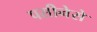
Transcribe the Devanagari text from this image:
पसीनेसे